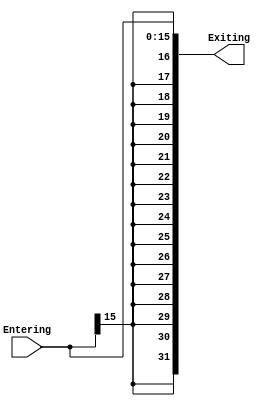
module SignExtend16_32(Exiting,Entering);

input[15:0]Entering;
output wire[31:0]Exiting;

assign Exiting = {{16{Entering[15]}} ,Entering};

endmodule